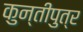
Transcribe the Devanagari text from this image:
कुन्तीपुत्र